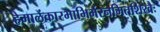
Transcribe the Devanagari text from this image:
हेमालंकारभाभिर्भरनमितशिखैः